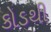
કોડથી